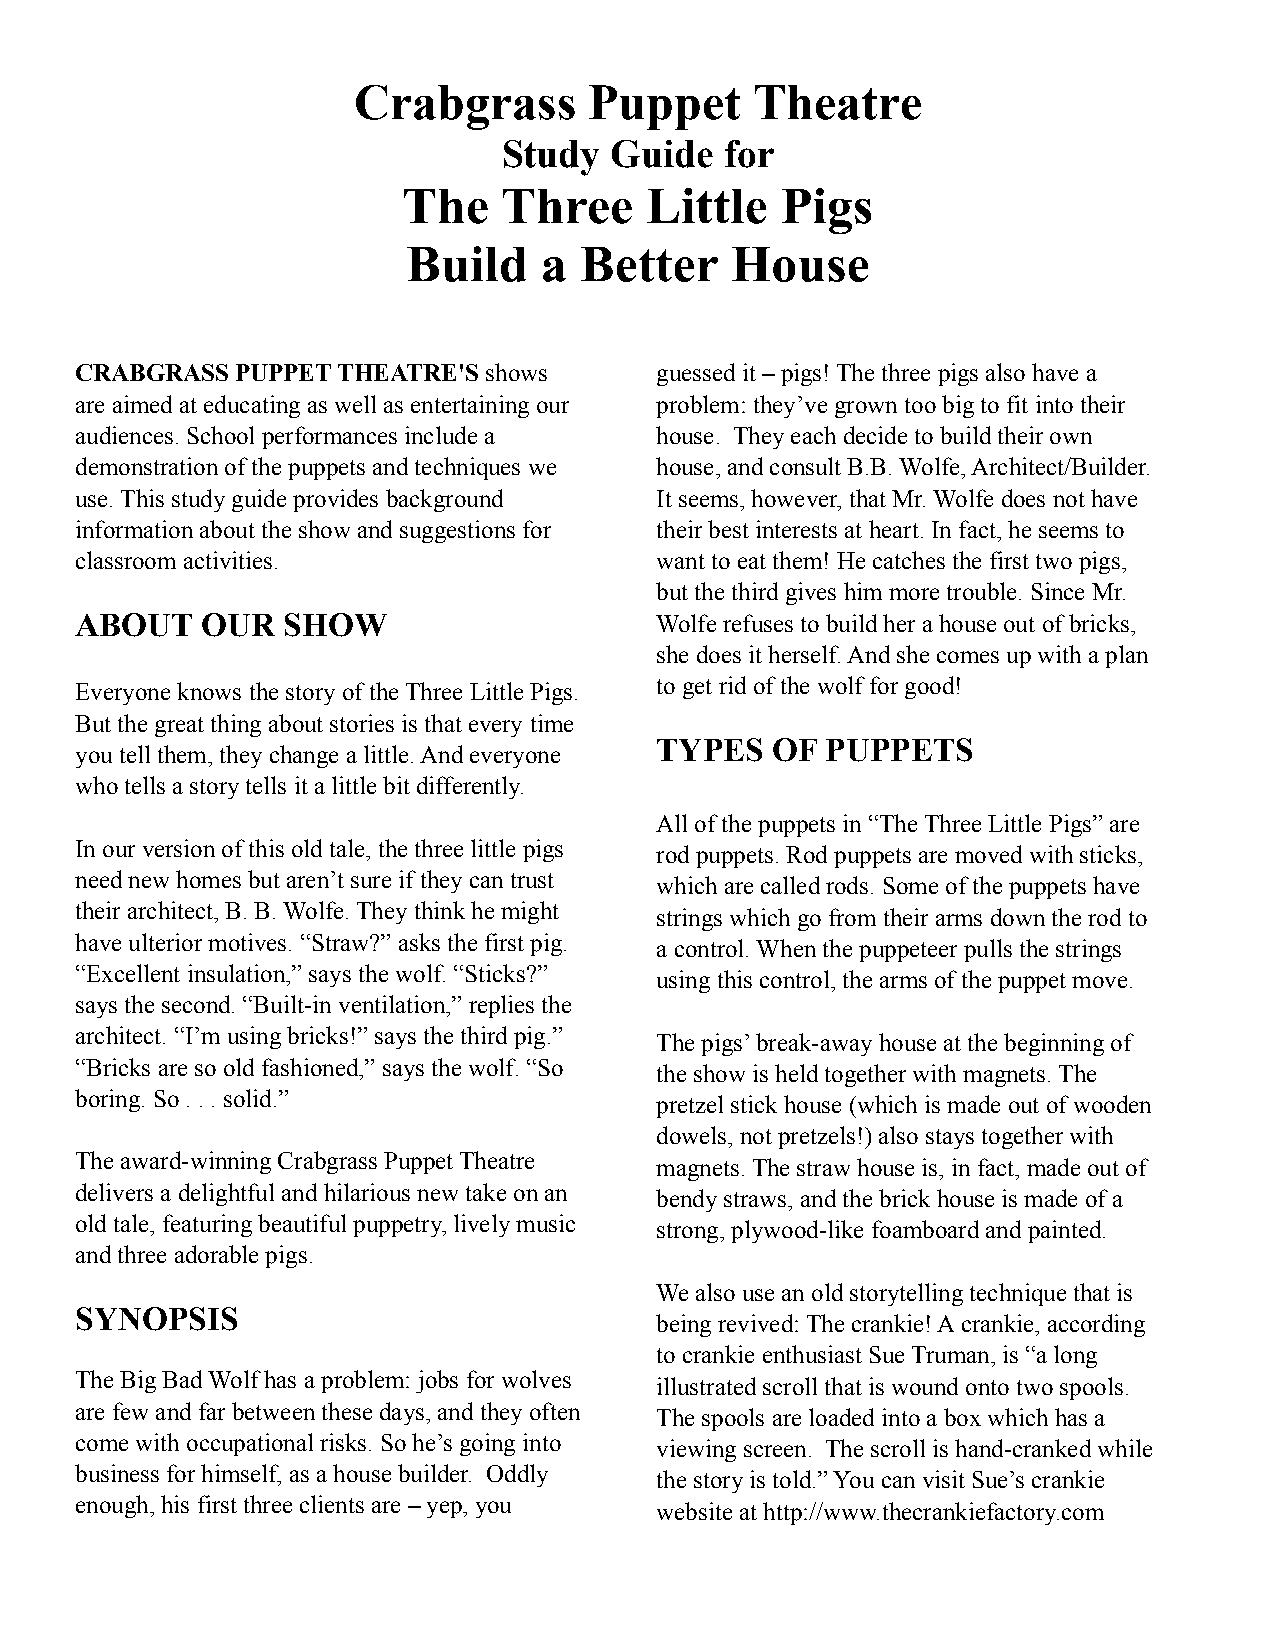
Crabgrass       Puppet     Theatre
 Study  Guide   for
 The   Three     Little   Pigs
 Build    a Better    House
 CRABGRASS  PUPPET THEATRE'S shows     guessed it – pigs! The three pigs also have a
 are aimed at educating as well as entertaining our problem: they’ve grown too big to fit into their
 audiences. School performances include a house. They each decide to build their own
 demonstration of the puppets and techniques we house, and consult B.B. Wolfe, Architect/Builder.
 use. This study guide provides background It seems, however, that Mr. Wolfe does not have
 information about the show and suggestions for their best interests at heart. In fact, he seems to
 classroom activities.                 want to eat them! He catches the first two pigs,
 but the third gives him more trouble. Since Mr.
 ABOUT   OUR   SHOW                    Wolfe refuses to build her a house out of bricks,
 she does it herself. And she comes up with a plan
 Everyone knows the story of the Three Little Pigs. to get rid of the wolf for good!
 But the great thing about stories is that every time
 TYPES   OF  PUPPETS
 you tell them, they change a little. And everyone
 who tells a story tells it a little bit differently.
 All of the puppets in “The Three Little Pigs” are
 In our version of this old tale, the three little pigs rod puppets. Rod puppets are moved with sticks,
 need new homes but aren’t sure if they can trust which are called rods. Some of the puppets have
 their architect, B. B. Wolfe. They think he might strings which go from their arms down the rod to
 have ulterior motives. “Straw?” asks the first pig. a control. When the puppeteer pulls the strings
 “Excellent insulation,” says the wolf. “Sticks?” using this control, the arms of the puppet move.
 says the second. “Built-in ventilation,” replies the
 architect. “I’m using bricks!” says the third pig.” The pigs’ break-away house at the beginning of
 “Bricks are so old fashioned,” says the wolf. “So the show is held together with magnets. The
 boring. So . . . solid.”              pretzel stick house (which is made out of wooden
 dowels, not pretzels!) also stays together with
 The award-winning Crabgrass Puppet Theatre magnets. The straw house is, in fact, made out of
 delivers a delightful and hilarious new take on an bendy straws, and the brick house is made of a
 old tale, featuring beautiful puppetry, lively music strong, plywood-like foamboard and painted.
 and three adorable pigs.
 We also use an old storytelling technique that is
 SYNOPSIS
 being revived: The crankie! A crankie, according
 to crankie enthusiast Sue Truman, is “a long
 The Big Bad Wolf has a problem: jobs for wolves illustrated scroll that is wound onto two spools.
 are few and far between these days, and they often The spools are loaded into a box which has a
 come with occupational risks. So he’s going into viewing screen. The scroll is hand-cranked while
 business for himself, as a house builder. Oddly the story is told.” You can visit Sue’s crankie
 enough, his first three clients are – yep, you website at http://www.thecrankiefactory.com